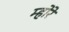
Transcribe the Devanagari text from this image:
म्होरे